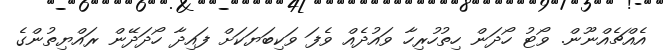
އެއްޗެއްނޫން. ވޯޓު ހޯދަން ހިތުހުރިހާ ވައުދެއް ވެފަ ވަކިބަޔަކަށް ފައިދާ ހޯދަދޭން ރައްޔިތުންގެ